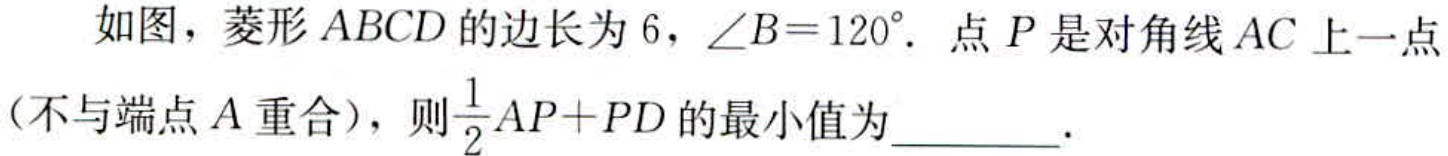
如图，菱形 \(ABCD\) 的边长为 \(6\)，\(\angle B = 120^{\circ}\)。点 \(P\) 是对角线 \(AC\) 上一点（不与端点 \(A\) 重合），则\(\frac{1}{2}AP + PD\) 的最小值为  。